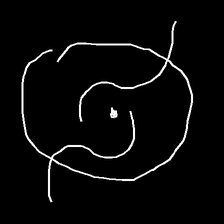
Glyph: repetition